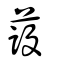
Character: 蔎